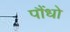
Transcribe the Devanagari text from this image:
पौंधो